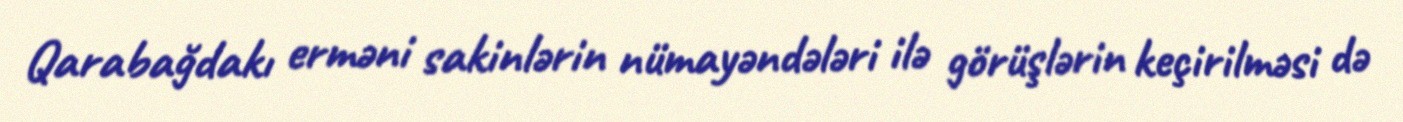
Qarabağdakı erməni sakinlərin nümayəndələri ilə görüşlərin keçirilməsi də